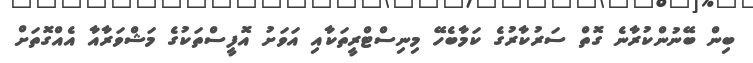
ބިން ބޭނުންކުރާނެ ގޮތް ސަރުކާރުގެ ކަމާބެހޭ މިނިސްޓްރީތަކާއި އަވަށު އޮފީސްތަކުގެ މަޝްވަރާއާ އެއްގޮތަށް